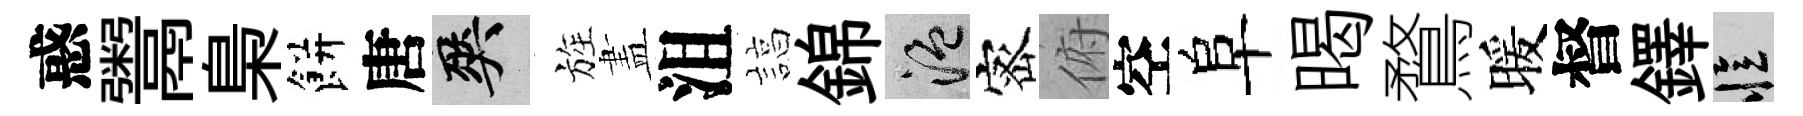
惑鬻梟餅唐爽旌𥁞沮諄錦温宻俯空阜暍鶩暖督鐸忆